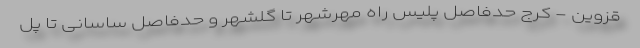
قزوین - کرج حدفاصل پلیس راه مهرشهر تا گلشهر و حدفاصل ساسانی تا پل